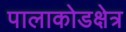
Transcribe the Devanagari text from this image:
पालाकोडक्षेत्र